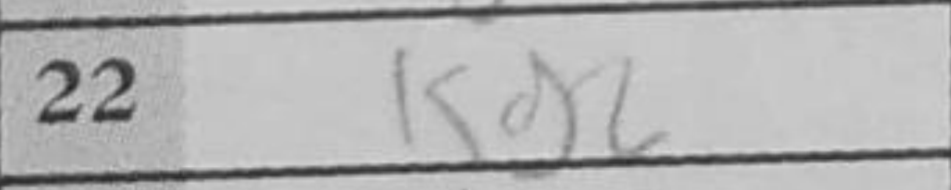
Transcription: Kg2